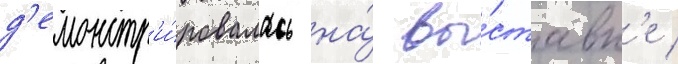
д'емонстр'и́ровалась на́ вы́ставк'е /